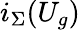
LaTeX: i_{\Sigma}(U_{g})